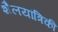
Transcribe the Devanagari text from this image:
शैलयांत्रिकी